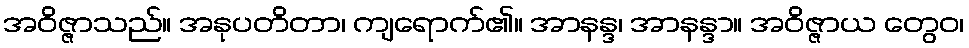
အဝိဇ္ဇာသည်။ အနုပတိတာ၊ ကျရောက်၏။ အာနန္ဒ၊ အာနန္ဒာ။ အဝိဇ္ဇာယ တွေဝ၊